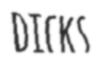
DICKS